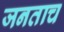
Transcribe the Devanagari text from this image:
जनताच